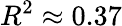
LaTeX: R^{2}\approx 0.37